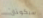
سيكونان